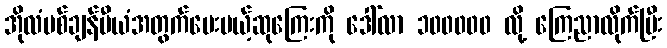
အိုလံပစ်ချန်ပီယံအတွက်ပေးမယ့်ဆုကြေးကို ဒေါ်လာ ၁၀၀၀၀၀ လို့ ကြေညာလိုက်ပြီး